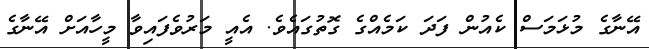
އޭނާގެ މުޅަމަސް ކެއުން ފަދަ ކަމެއްގެ ގޮތުގައެވެ. އެއީ މަރުވެފައިވާ މީހާއަށް އޭނާގެ